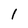
Character: 1